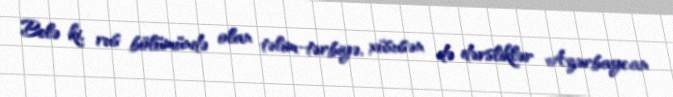
Belə ki, rus bölümündə olan təlim-tərbiyə, xüsusən də dərsliklər Azərbaycan